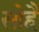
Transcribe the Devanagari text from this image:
सोहै